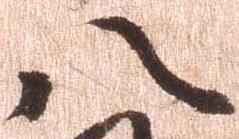
八